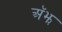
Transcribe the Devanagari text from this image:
अॅझ